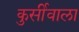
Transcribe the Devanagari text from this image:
कुर्सीवाला